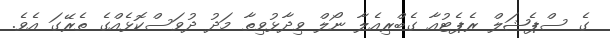
ގެ ސްޕެޝަލް ރެޕެޓުއާ ގެބްރިއެލާ ނޯލް ވިދާޅުވިތާ މަދު ދުވަސްކޮޅެއްގެ ތެރޭގަ އެވެ.